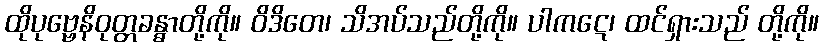
ထိုပုဗ္ဗေနိဝုတ္တခန္ဓာတို့ကို။ ဝိဒိတေ၊ သိအပ်သည်တို့ကို။ ပါကဋေ၊ ထင်ရှားသည် တို့ကို။